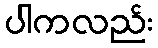
ပါကလည်း